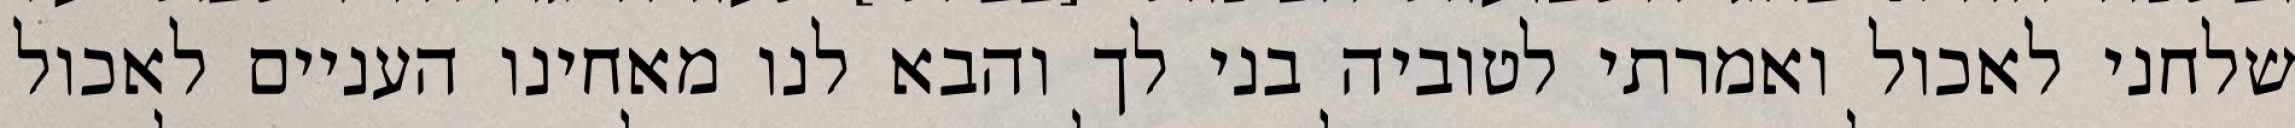
שלחני לאכול ואמרתי לטוביה בני לך והבא לנו מאחינו העניים לאכול